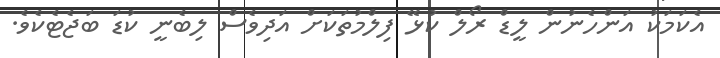
އެކަމަކު އަންހެނުން ލީޑް ރޯލް ކުޅޭ ފިލްމުތަކަށް އަދިވެސް ލިބެނީ ކުޑަ ބަޖެޓެކެވެ.